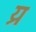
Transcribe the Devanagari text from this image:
य्र